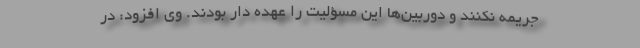
جریمه نکنند و دوربین‌ها این مسؤلیت را عهده دار بودند. وی افزود: در